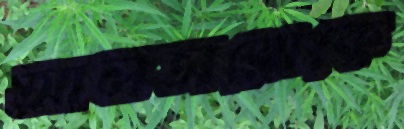
আলভারোকে